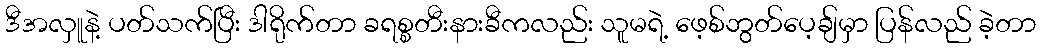
ဒီအလှူနဲ့ ပတ်သက်ပြီး ဒါရိုက်တာ ခရစ္စတီးနားခီကလည်း သူမရဲ့ ဖေ့စ်ဘွတ်ပေ့ချ်မှာ ပြန်လည် ခဲ့တာ